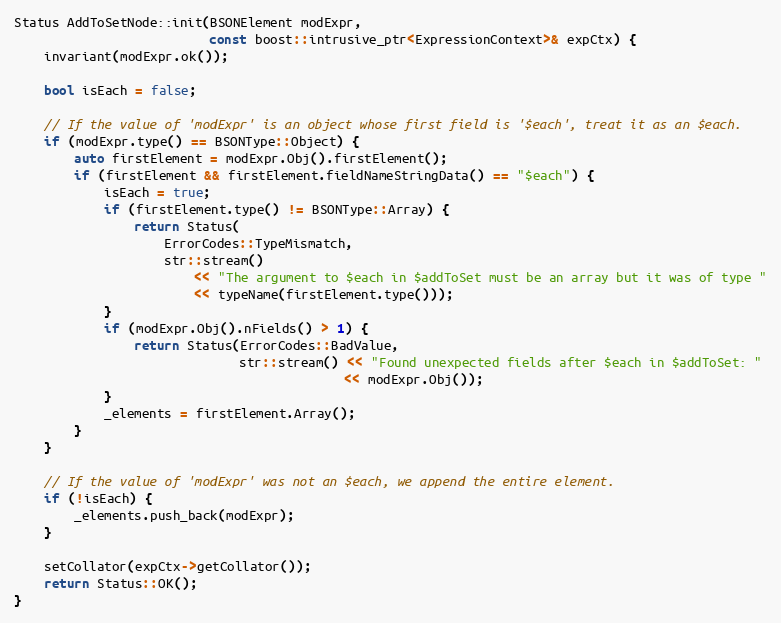
Language: C++
Status AddToSetNode::init(BSONElement modExpr,
                          const boost::intrusive_ptr<ExpressionContext>& expCtx) {
    invariant(modExpr.ok());

    bool isEach = false;

    // If the value of 'modExpr' is an object whose first field is '$each', treat it as an $each.
    if (modExpr.type() == BSONType::Object) {
        auto firstElement = modExpr.Obj().firstElement();
        if (firstElement && firstElement.fieldNameStringData() == "$each") {
            isEach = true;
            if (firstElement.type() != BSONType::Array) {
                return Status(
                    ErrorCodes::TypeMismatch,
                    str::stream()
                        << "The argument to $each in $addToSet must be an array but it was of type "
                        << typeName(firstElement.type()));
            }
            if (modExpr.Obj().nFields() > 1) {
                return Status(ErrorCodes::BadValue,
                              str::stream() << "Found unexpected fields after $each in $addToSet: "
                                            << modExpr.Obj());
            }
            _elements = firstElement.Array();
        }
    }

    // If the value of 'modExpr' was not an $each, we append the entire element.
    if (!isEach) {
        _elements.push_back(modExpr);
    }

    setCollator(expCtx->getCollator());
    return Status::OK();
}